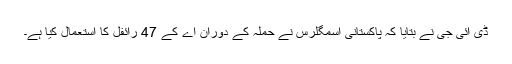
ڈی آئی جی نے بتایا کہ پاکستانی اسمگلرس نے حملہ کے دوران اے کے 47 رائفل کا استعمال کیا ہے۔